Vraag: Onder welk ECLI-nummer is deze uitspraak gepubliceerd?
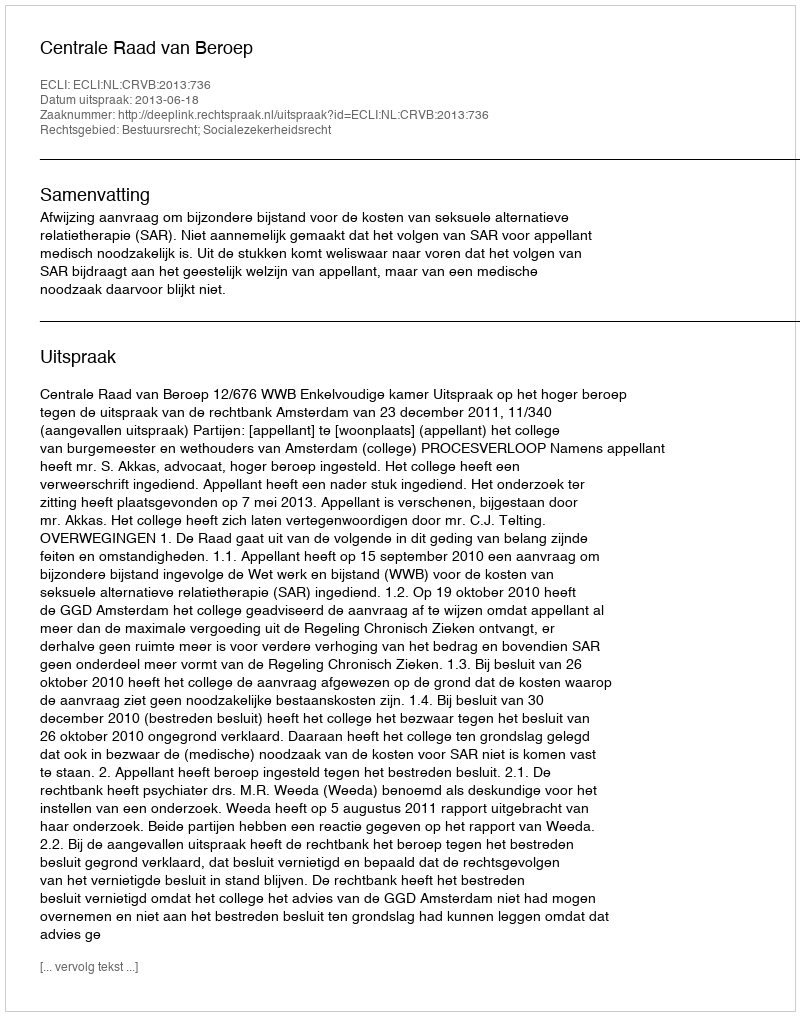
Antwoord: ECLI:NL:CRVB:2013:736